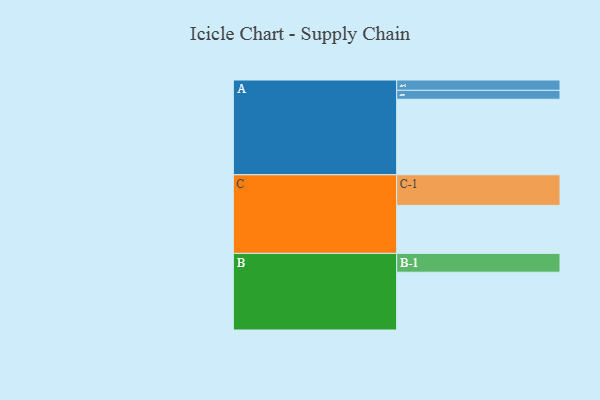
{"axis": {"x": "Segment", "y": "Value"}, "legend": ["", "A", "B", "C"], "data": [{"x": "A", "y": 570, "type": ""}, {"x": "B", "y": 436, "type": ""}, {"x": "C", "y": 362, "type": ""}, {"x": "A-1", "y": 78, "type": "A"}, {"x": "A-2", "y": 67, "type": "A"}, {"x": "B-1", "y": 142, "type": "B"}, {"x": "C-1", "y": 231, "type": "C"}]}